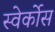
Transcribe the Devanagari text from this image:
स्वेर्कोस